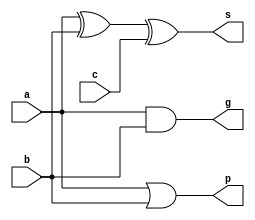
`timescale 1ns / 1ps
//////////////////////////////////////////////////////////////////////////////////
// Company: Xilinx
// 
// Design Name: ALU32
// Module Name: ADDSUB32
// Project Name: MIPS_CPU
// Target Devices: 
// Tool Versions: 
// Description: 
// 
// Dependencies: 
// 
// Revision:
// Revision 0.01 - File Created
// Additional Comments:
// 
//////////////////////////////////////////////////////////////////////////////////
module ADD(
	input a,b,c,
	output g,p,s
	);

	assign s = a ^ b ^ c;
	assign g = a & b;
	assign p = a | b;

endmodule

module G_P(
	input[1:0] g,p,
	input c_in,
	output g_out,p_out,c_out
	);

	assign g_out = g[1] | p[1] & g[0];
	assign p_out = p[1] & p[0];
	assign c_out = g[0] | p[0] & c_in;

endmodule

// module ADDSUB32(
// 	input[31:0] a,b;
// 	input sub;
// 	output[31:0] s
//     );
	
// 	wire[31:0] g,p;
// 	wire[31:0] s;

// 	generate
// 		genvar i;
// 		for (i=0;i<16;i=i+1)
// 		begin : ADD

// 		end
// 	endgenerate

// endmodule

module CLA2 (
	input[1:0] a,b,
	input c_in,
	output g_out,p_out,
	output[1:0] s
	);
	
	wire[1:0] g,p;
	wire c_out;

	ADD ADD0 (a[0],b[0],c_in,g[0],p[0],s[0]);
	ADD ADD1 (a[1],b[1],c_out,g[1],p[1],s[1]);
	G_P G_P0 (g,p,c_in,g_out,p_out,c_out);

endmodule

module CLA4 (
	input[3:0] a,b,
	input c_in,
	output g_out,p_out,
	output[3:0] s
	);
	
	wire[1:0] g,p;
	wire c_out;

	CLA2 CLA20 (a[1:0],b[1:0],c_in,g[0],p[0],s[1:0]);
	CLA2 CLA21 (a[3:2],b[3:2],c_out,g[1],p[1],s[3:2]);
	G_P G_P0 (g,p,c_in,g_out,p_out,c_out);
	
endmodule

module CLA8 (
	input[7:0] a,b,
	input c_in,
	output g_out,p_out,
	output[7:0] s
	);
	
	wire[1:0] g,p;
	wire c_out;

	CLA4 CLA40 (a[3:0],b[3:0],c_in,g[0],p[0],s[3:0]);
	CLA4 CLA41 (a[7:4],b[7:4],c_out,g[1],p[1],s[7:4]);
	G_P G_P0 (g,p,c_in,g_out,p_out,c_out);
	
endmodule

module CLA16 (
	input[15:0] a,b,
	input c_in,
	output g_out,p_out,
	output[15:0] s
	);
	
	wire[1:0] g,p;
	wire c_out;

	CLA8 CLA80 (a[7:0],b[7:0],c_in,g[0],p[0],s[7:0]);
	CLA8 CLA81 (a[15:8],b[15:8],c_out,g[1],p[1],s[15:8]);
	G_P G_P0 (g,p,c_in,g_out,p_out,c_out);
	
endmodule

module CLA32 (
	input[31:0] a,b,
	input c_in,
	output[31:0] s
	);
	
	wire[1:0] g,p;
	wire c_out;

	CLA16 CLA160 (a[15:0],b[15:0],c_in,g[0],p[0],s[15:0]);
	CLA16 CLA161 (a[31:16],b[31:16],c_out,g[1],p[1],s[31:16]);
	G_P G_P0 (g,p,c_in,g_out,p_out,c_out);
	
endmodule

module ADDSUB32(
	input[31:0] a,b,
	input sub,
	output[31:0] s
    );
	
	CLA32 CLA320(a,b^{32{sub}},sub,s);

endmodule